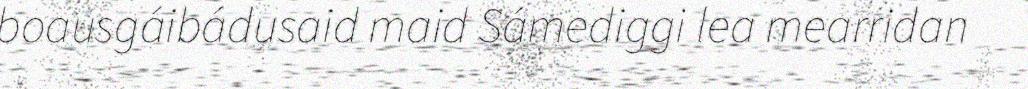
boausgáibádusaid maid Sámediggi lea mearridan